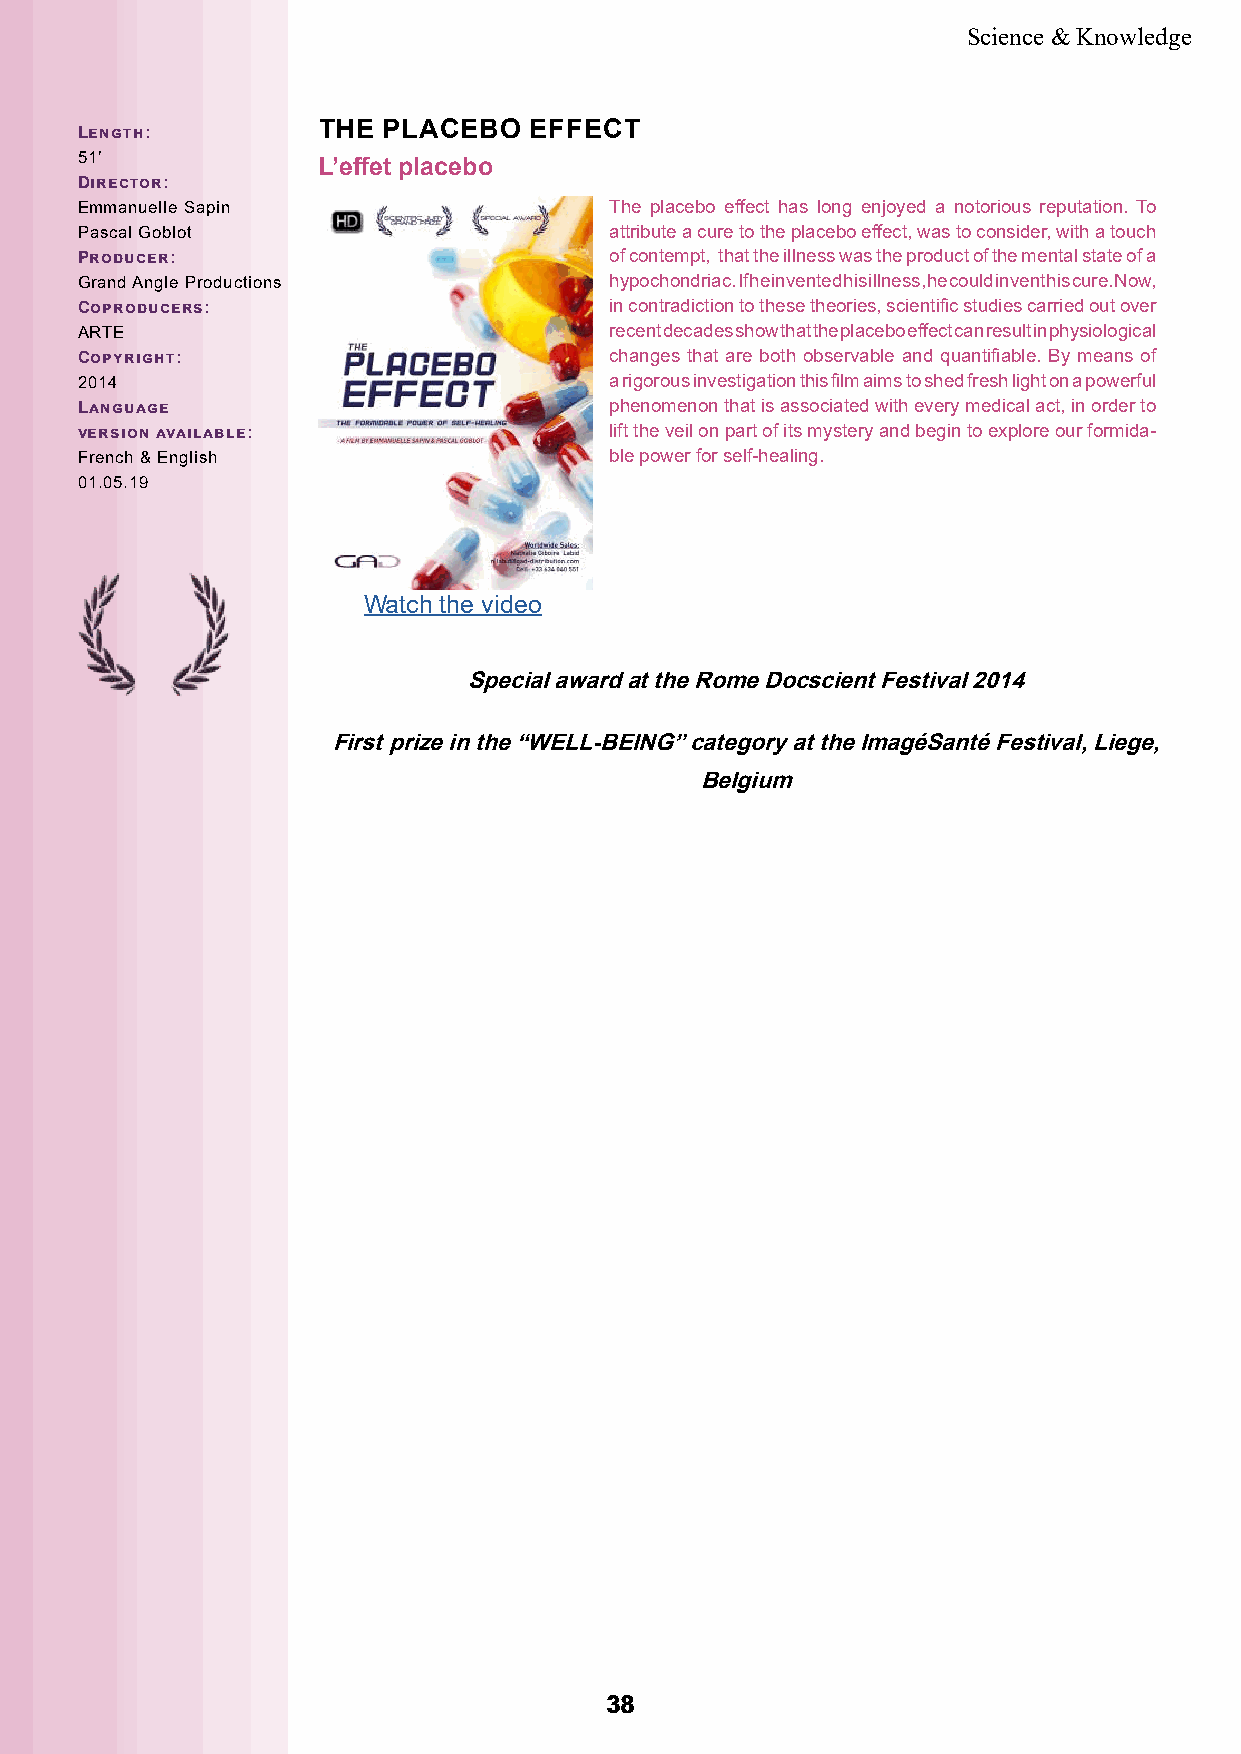
Science & Knowledge
 Length:
 THE PLACEBO   EFFECT
 51’
 L’effet placebo
 Director:
 Emmanuelle Sapin                   The placebo effect has long enjoyed a notorious reputation. To
 Pascal Goblot                      attribute a cure to the placebo effect, was to consider, with a touch
 Producer:                          of contempt, that the illness was the product of the mental state of a
 Grand Angle Productions            hypochondriac. If he invented his illness, he could invent his cure. Now,
 Coproducers:                       in contradiction to these theories, scientific studies carried out over
 ARTE                               recent decades show that the placebo effect can result in physiological
 Copyright:                         changes that are both observable and quantifiable. By means of
 2014                               a rigorous investigation this film aims to shed fresh light on a powerful
 Language                           phenomenon that is associated with every medical act, in order to
 version available:                 lift the veil on part of its mystery and begin to explore our formida-
 French & English                   ble power for self-healing.
 01.05.19
 Watch the video
 Special award at the Rome Docscient Festival 2014
 First prize in the “WELL-BEING” category at the ImagéSanté Festival, Liege,
 Belgium
 3388